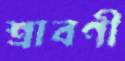
শ্রাবণী